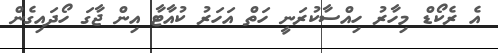
އެ ރެކޯޑް މިހާރު ހިއްސާކުރަނީ ހަތް އަހަރު ކުއާޓާ އިން ޖާގަ ހޯދައިގެން